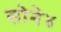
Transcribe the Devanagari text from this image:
सोने४